Malaria in the Andamans - Number 56
Disease focus: Malaria
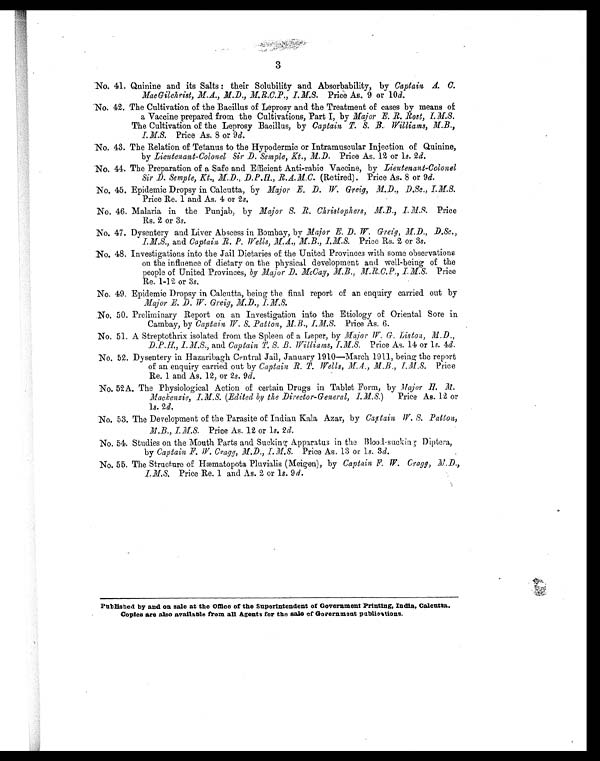
3
No. 41. Quinine and its Salts : their Solubility and Absorbability, by Captain A. C.
MacGilchrist, M.A., M.D., M.R.C.P., I.M.S. Price As. 9 or 10 d.
No. 42. The Cultivation of the Bacillus of Leprosy and the Treatment of cases by means of
a Vaccine prepared from the Cultivations, Part I, by Major E. R. Rost, I.M.S.
The Cultivation of the Leprosy Bacillus, by Captain T. S. B. Williams, M.B.,
I.M.S. Price As. 8 or 9 d.
No. 43. The Relation of Tetanus to the Hypodermic or Intramuscular Injection of Quinine,
by Lieutenant-Colonel Sir D. Semple, Kt., M.D. Price As. 12 or l s. 2 d.
No. 44. The Preparation of a Safe and Efficient Anti-rabic Vaccine, by Lieutenant-Colonel
Sir D. Semple, Kt., M.D., D.P.H., R.A.M.C. (Retired). Price As. 8 or 9 d.
No. 45. Epidemic Dropsy in Calcutta, by Major E. D. W. Greig, M.D., D.Sc., I.M.S.
Price Re. 1 and As. 4 or 2 s.
No. 46. Malaria in the Punjab, by Major S. R. Christophers, M.B., I.M.S. Price
Rs. 2 or 3 s.
No. 47. Dysentery and Liver Abscess in Bombay, by Major E. D. W. Greig, M.D., D.Sc.,
I.M.S., and Captain R. P. Wells, M.A., M.B., I.M.S. Price Rs. 2 or 3s.
No. 48. Investigations into the Jail Dietaries of the United Provinces with some observations
on the influence of dietary on the physical development and well-being of the
people of United Provinces, by Major D. McCay, M.B., M.R.C.P., I.M.S.P r i c e
Re. 1-12 or 3 s.
No. 49. Epidemic Dropsy in Calcutta, being the final report of an enquiry carried out by
Major E. D. W. Greig, M.D., I.M.S.
No. 50. Preliminary Report on an Investigation into the Etiology of Oriental Sore in
Cambay, by Captain W. S. Patton, M.B., I.M.S. Price As. 6.
No. 51. A Streptothrix isolated from the Spleen of a Leper, by Major W. G. Liston, M.D.,
D.P.H., I.M.S., and Captain T. S. B. Williams, I.M.S. Price As. 14 or 1s. 4d.
No. 52. Dysentery in Hazaribagh Central Jail, January 1910—March 1911, being the report
of an enquiry carried out by Captain R. T. Wells, M.A., M.B., I.M.S.P r i c e
Re. 1 and As. 12, or 2 s. 9d.
No. 52A. The Physiological Action of certain Drugs in Tablet Form, by M ajor H. M.
Mackenzie, I.M.S. (Edited by the Director-General, 1.M.S. ) Price As. 12 or
1s. 2d.
No. 53. The Development of the Parasite of Indian Kala Azar, by Captain W. S. Patton,
M.B., I.M.S.
Price As. 12 or 1s. 2 d.
No. 54. Studies on the Mouth Parts and Sucking Apparatus in the Blood-sucking Diptera,
by Captain F. W. Cragg, M.D., I.M.S. Price As. 13 or 1 s. 3 d.
No. 55. The Structure of Hæmatopota Pluvialis (Meigen), by Captain F. W. Cragg, M.D.,
I.M.S. Price Re. 1 and As. 2 or 1 s. 9 d.
Published by and on sale at the Office of the Superintendent of Government Printing, India, Calcutta.
Copies are also available from all Agents for the sale of Government pablications.